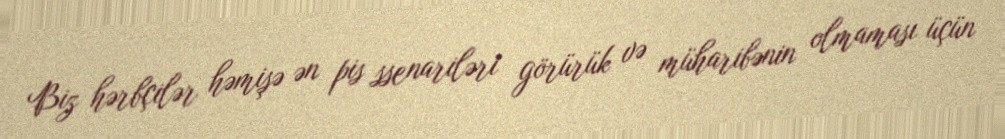
Biz hərbçilər həmişə ən pis ssenariləri görürük və müharibənin olmaması üçün